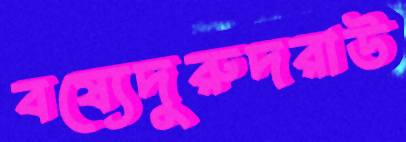
বষ্যেদুরুদরাউ